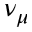
\nu _ { \mu }